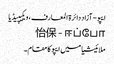
ایپو - آزاد دائرۃ المعارف، ویکیپیڈیا
怡保 - ஈப்போ
ملائیشیا میں ایپو کا مقام۔